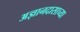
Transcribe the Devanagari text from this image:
अज्ञानदासाच्या